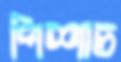
পিশাচ